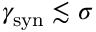
\gamma _ { \mathrm { s y n } } \lesssim \sigma